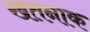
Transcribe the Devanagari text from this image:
खतनाक